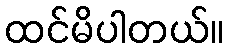
ထင်မိပါတယ်။